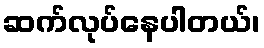
ဆက်လုပ်နေပါတယ်၊